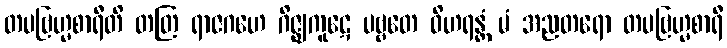
တပဗြဟ္မစာရီတိ တတြ ရာဇဂဟေ ဂိဇ္ဈကူဋေ ပဗ္ဗတေ ဝိဟရန္တံ မံ အညတရော တပဗြဟ္မစာရီ